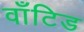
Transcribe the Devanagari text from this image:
वाँटिड